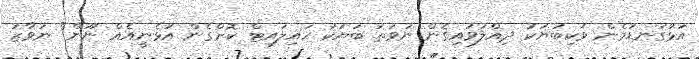
އަޅުގަނޑުމެން ވަކިބަޔަކު ދިއްލުވައިގެން ނުވަތަ ބަޔަކު ހައިލައިޓް ކޮށްގެން އުޅެނީއެއް ނޫން" ނަވާޒު